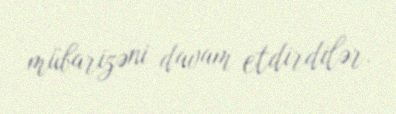
mübarizəni davam etdirdilər.